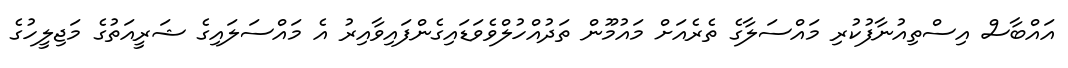
އައްބާސް އިސްތިއުނާފުކުރި މައްސަލާގެ ތެރެއަށް މައުމޫން ތަދުއްހުލްވެވަޑައިގެންފައިވާއިރު އެ މައްސަލައިގެ ޝަރީއަތުގެ މަޖިލީހުގެ